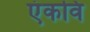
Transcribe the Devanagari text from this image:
एंकवि